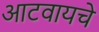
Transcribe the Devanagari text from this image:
आटवायचे